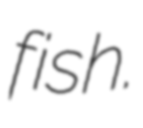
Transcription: fish.